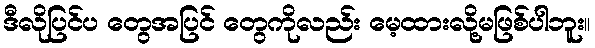
ဒီလိုပြင်ပ တွေအပြင် တွေကိုလည်း မေ့ထားလို့မဖြစ်ပါဘူး။